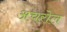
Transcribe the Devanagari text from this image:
अचरोल